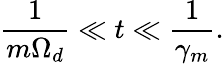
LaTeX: \frac{1}{m\Omega_{d}}\ll t\ll\frac{1}{\gamma_{m}}.